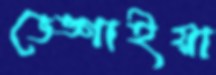
ভেঙ্গাইয়া